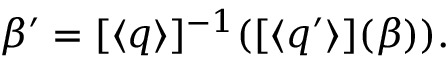
\beta ^ { \prime } = [ \langle q \rangle ] ^ { - 1 } ( [ \langle q ^ { \prime } \rangle ] ( \beta ) ) .